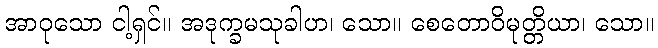
အာဝုသော ငါ့ရှင်။ အဒုက္ခမသုခါဟ၊ သော။ စေတောဝိမုတ္တိယာ၊ သော။